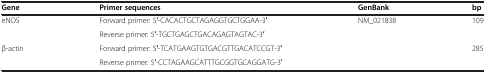
<table><thead><tr><td><b>Gene</b></td><td><b>Primer sequences</b></td><td><b>GenBank</b></td><td><b>bp</b></td></tr></thead><tbody><tr><td rowspan="2">eNOS</td><td>Forward primer: 5′-CACACTGCTAGAGGTGCTGGAA-3′</td><td rowspan="2">NM_021838</td><td>109</td></tr><tr><td>Reverse primer: 5′-TGCTGAGCTGACAGAGTAGTAC-3′</td><td>[EMPTY_CELL]</td></tr><tr><td rowspan="2">β-actin</td><td>Forward primer: 5′-TCATGAAGTGTGACGTTGACATCCGT-3′</td><td rowspan="2">[EMPTY_CELL]</td><td>285</td></tr><tr><td>Reverse primer: 5′-CCTAGAAGCATTTGCGGTGCAGGATG-3′</td><td>[EMPTY_CELL]</td></tr></tbody></table>